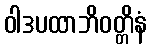
ဝါဒပထာဘိဝတ္တိနံ